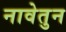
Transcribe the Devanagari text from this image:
नावेतुन